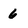
Character: 6